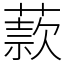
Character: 䕀